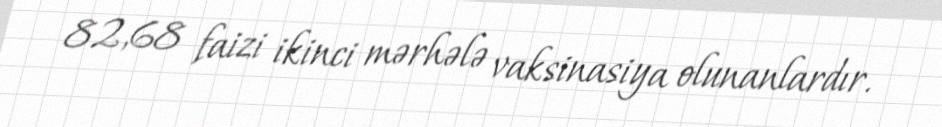
82,68 faizi ikinci mərhələ vaksinasiya olunanlardır.